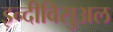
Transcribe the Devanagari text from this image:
इन्दीविसुअल